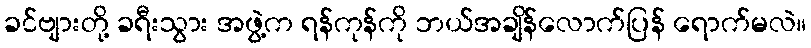
ခင်ဗျားတို့ ခရီးသွား အဖွဲ့က ရန်ကုန်ကို ဘယ်အချိန်လောက်ပြန် ရောက်မလဲ။